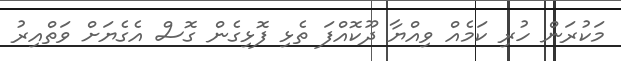
މަކުރަން ހުރި ކަމެއް ވިއްޔާ ދޫކޮއްފަ ތެޅި ފޮޅިގެން ގޮސް އެގެޔަށް ވަތްއިރު